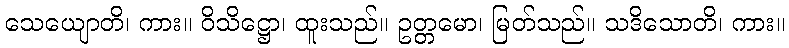
သေယျောတိ၊ ကား။ ဝိသိဋ္ဌော၊ ထူးသည်။ ဥတ္တမော၊ မြတ်သည်။ သဒိသောတိ၊ ကား။